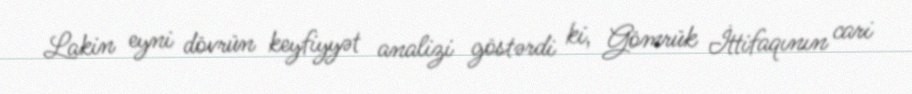
Lakin eyni dövrün keyfiyyət analizi göstərdi ki, Gömrük İttifaqının cari